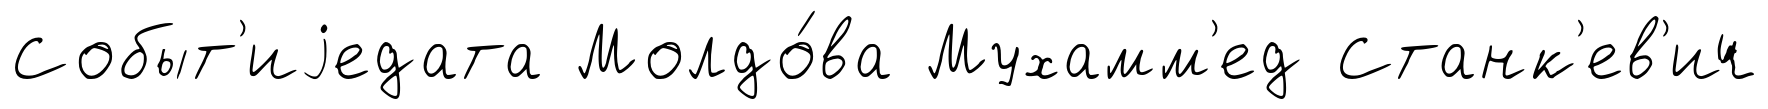
Событ'иjедата Молдо́ва Мухамм'ед Станк'ев'ич